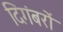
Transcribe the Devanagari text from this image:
दिगंबरों